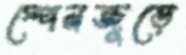
স্পেনজুড়ে